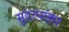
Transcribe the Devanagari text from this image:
सुंदरपांड्य